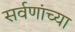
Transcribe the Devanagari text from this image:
सर्वणांच्या